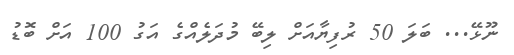
ނޫޅޭ... ބަލަ 50 ރުފިޔާއަށް ލިބޭ މުދަލެއްގެ އަގު 100 އަށް ބޮޑު